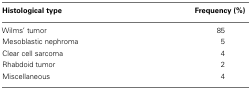
<table><thead><tr><td><b>Histological type</b></td><td><b>Frequency (%)</b></td></tr></thead><tbody><tr><td>Wilms’ tumor</td><td>85</td></tr><tr><td>Mesoblastic nephroma</td><td>5</td></tr><tr><td>Clear cell sarcoma</td><td>4</td></tr><tr><td>Rhabdoid tumor</td><td>2</td></tr><tr><td>Miscellaneous</td><td>4</td></tr></tbody></table>